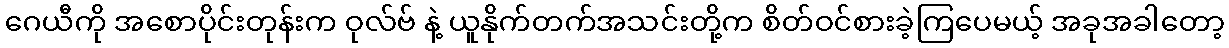
ဂေယီကို အစောပိုင်းတုန်းက ဝုလ်ဗ် နဲ့ ယူနိုက်တက်အသင်းတို့က စိတ်ဝင်စားခဲ့ကြပေမယ့် အခုအခါတော့